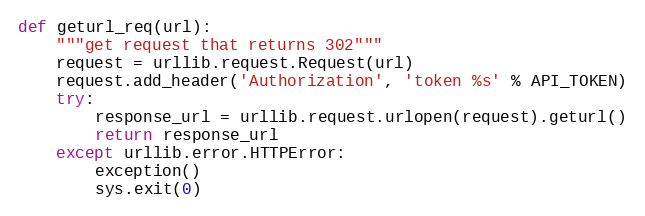
Language: Python
def geturl_req(url):
    """get request that returns 302"""
    request = urllib.request.Request(url)
    request.add_header('Authorization', 'token %s' % API_TOKEN)
    try:
        response_url = urllib.request.urlopen(request).geturl()
        return response_url
    except urllib.error.HTTPError:
        exception()
        sys.exit(0)